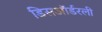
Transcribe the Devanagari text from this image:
डिसऑर्डरली